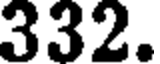
332.